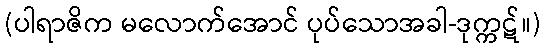
(ပါရာဇိက မလောက်အောင် ပုပ်သောအခါ-ဒုက္ကဋ်။)